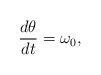
LaTeX: \begin{align*}\frac{d\theta}{dt}=\omega_0,\end{align*}